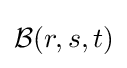
{\mathcal {B}}(r,s,t)